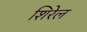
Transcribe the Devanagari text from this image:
शिरेल